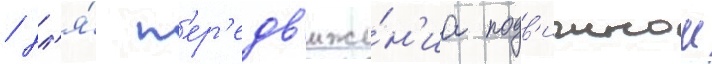
/ дл'я́ п'ер'едв'иже́н'иа подв'ижнои